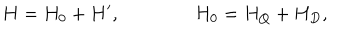
LaTeX: H = H _ { 0 } + H ^ { \prime } , \qquad \qquad H _ { 0 } = H _ { Q } + H _ { D } ,